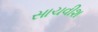
સાચવીશ